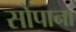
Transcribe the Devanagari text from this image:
सोपाना